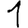
Digit: 1